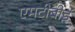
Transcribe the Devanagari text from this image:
एमटीबीई